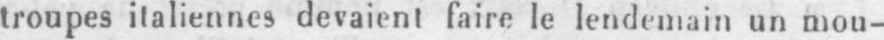
troupes italiennes devaient faire le lendemain un mou-